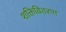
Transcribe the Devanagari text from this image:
शक्तिवितरण